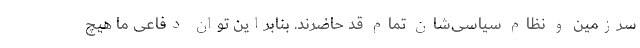
سرزمین و نظام سیاسی‌شان تمام قد حاضرند. بنابراین توان دفاعی ما هیچ